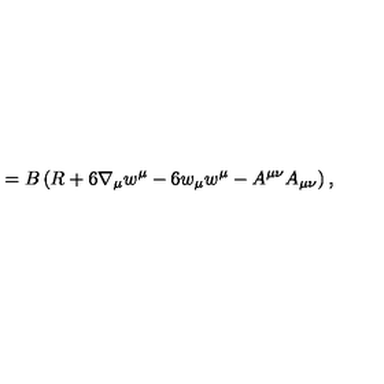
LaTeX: = B \left( R + 6 \nabla _ { \mu } w ^ { \mu } - 6 w _ { \mu } w ^ { \mu } - A ^ { \mu \nu } A _ { \mu \nu } \right) ,